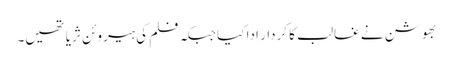
بھوشن نے غالب کا کردار ادا کیا جبکہ فلم کی ہیروئن ثریا تھیں۔